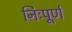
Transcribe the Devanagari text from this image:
निःपूर्ण